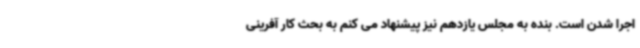
اجرا شدن است. بنده به مجلس یازدهم نیز پیشنهاد می کنم به بحث کار آفرینی